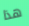
هذا